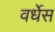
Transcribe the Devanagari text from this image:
वर्धेस